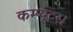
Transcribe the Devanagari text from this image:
कम्प्यूटर।